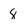
Character: 8